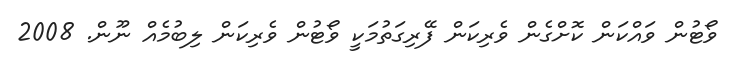
ވޯޓުން ވައްކަން ކޮށްގެން ވެރިކަން ފޭރިގަތުމަކީ ވޯޓުން ވެރިކަން ލިބުމެއް ނޫން. 2008